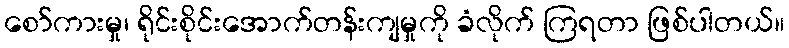
စော်ကားမှု၊ ရိုင်းစိုင်းအောက်တန်းကျမှုကို ခံလိုက် ကြရတာ ဖြစ်ပါတယ်။